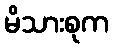
မိသားစုက